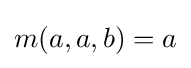
m(a,a,b)=a